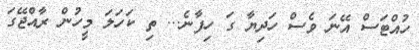
ހުއްޓަސް އޭނަ ވެސް ހަދިޔާ ގަ ހިފާނެ... ތި ކަހަލަ މީހުން ރާއްޖޭގަ